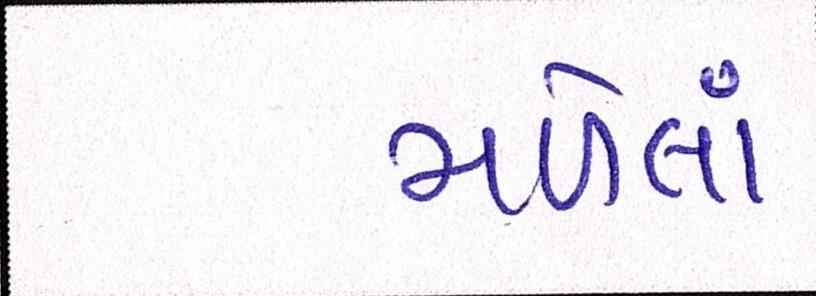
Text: મળેલાં